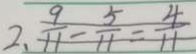
2 , \frac { 9 } { 1 1 } - \frac { 5 } { 1 1 } = \frac { 4 } { 1 1 }